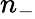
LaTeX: n_{-}